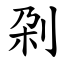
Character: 刴